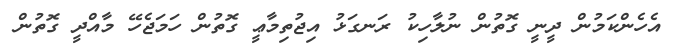
އެހެންކަމުން ދީނީ ގޮތުން ނުލާހިކު ރަނގަޅު އިޖުތިމާޢީ ގޮތުން ހަމަޖެހޭ މާއްދީ ގޮތުން